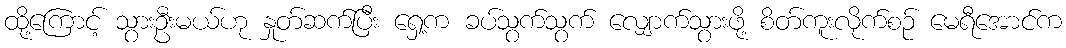
ထို့ကြောင့် သွားဦးမယ်ဟု နှုတ်ဆက်ပြီး ရှေ့က ခပ်သွက်သွက် လျှောက်သွားဖို့ စိတ်ကူးလိုက်စဉ် မေရီအောင်က